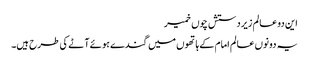
این دو عالم زیردستش چوں خمیر
یہ دونوں عالم امام کے ہاتھوں میں گندے ہوئے آٹے کی طرح ہیں۔